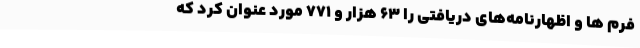
فرم ها و اظهارنامه‌های دریافتی را ۶۳ هزار و ۷۷۱ مورد عنوان کرد که